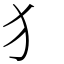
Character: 犭